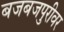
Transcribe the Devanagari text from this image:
बजबजपुरीवर